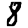
Digit: 8